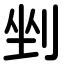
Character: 剉